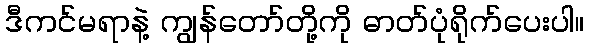
ဒီကင်မရာနဲ့ ကျွန်တော်တို့ကို ဓာတ်ပုံရိုက်ပေးပါ။